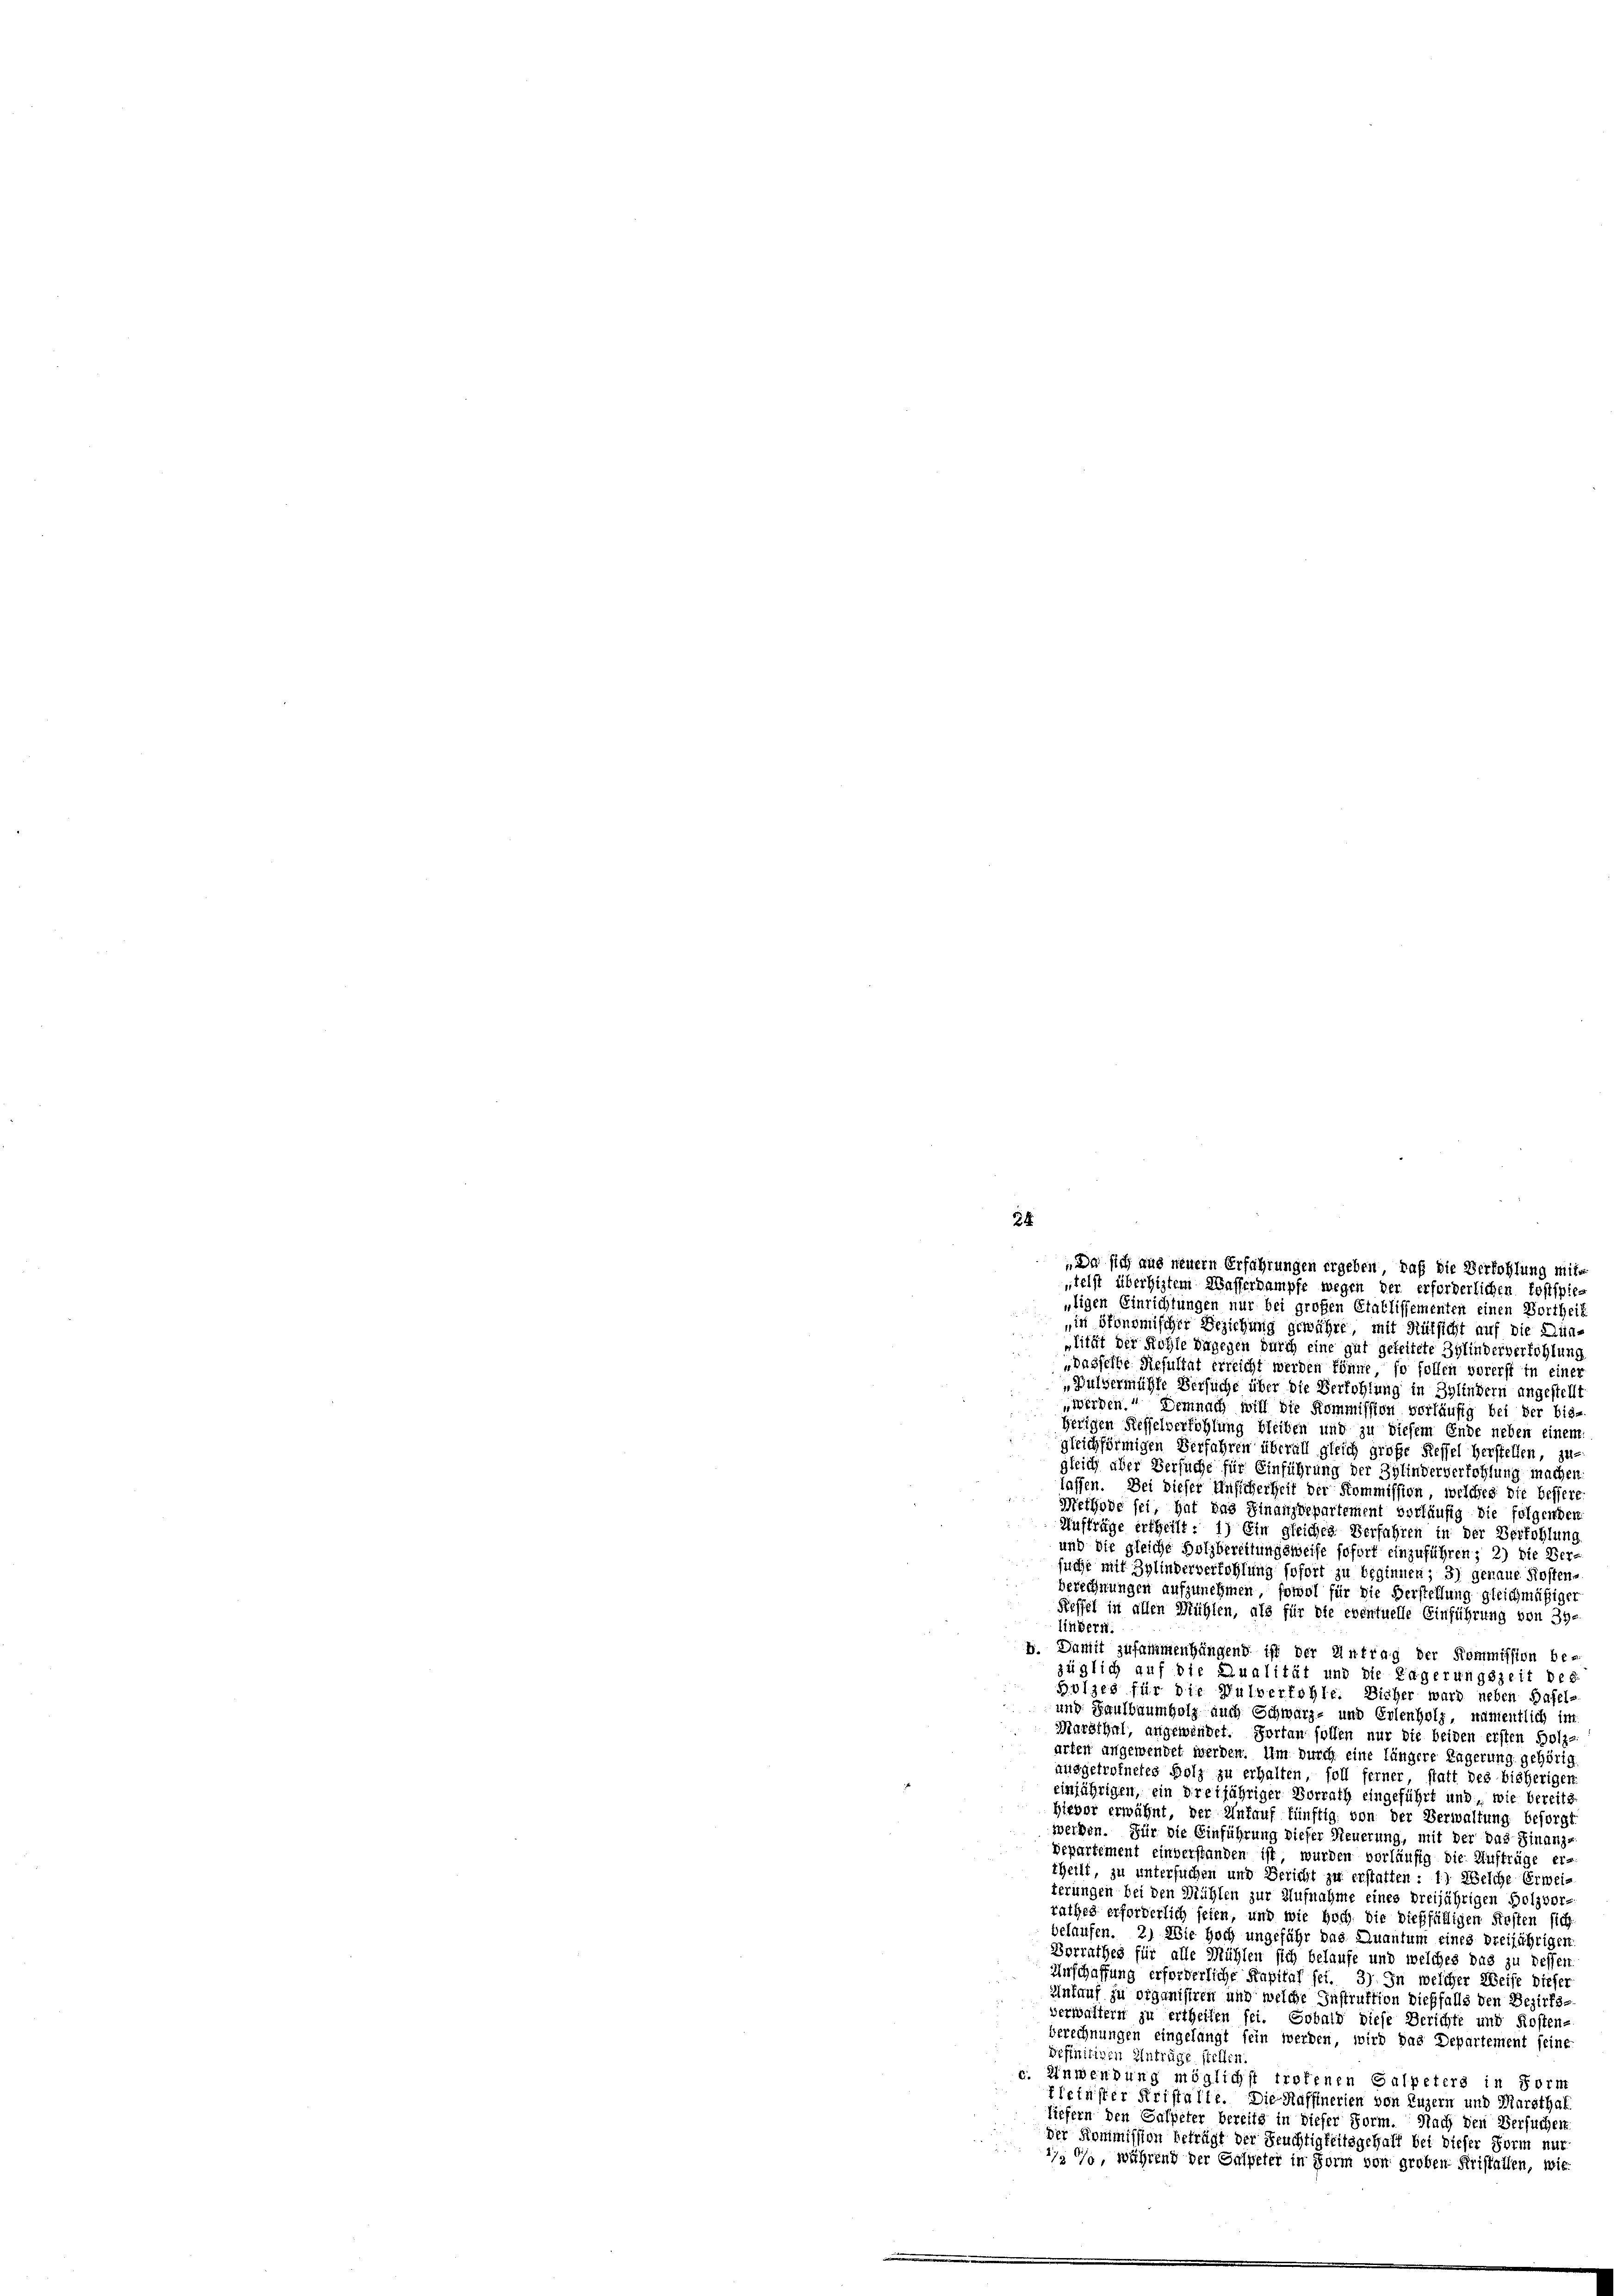
34.

utigen Einrichtungen nur bei großen Etablissementen einen Vortheil
in ökonomischer Beziehung gewähre, mit Rütsicht auf die Dünlität der Kohle dagegen durch eine gut gefeitete Hylinderverfehlung
„dasselbe Resultat erreicht werden könne, so follen vorerst in einer
Pulvermühle Versuche über die Verfohlung in Sylindern angestellt
„werden. Demnach will die Kommission vorläufig bei der bis-
herigen Kesselverföhlung bleiben und zu diesem Ende neben einem
gleichförmigen Verfahren überall gleich große Ressel herstellen, zu-
gleich aber Versuche für Einführung der Zylinderverfohlung machen.
lassen. Bei dieser Unsicherheit der Kommission, welches die bessere
Methode sei, hat das Finanzdepartement vorläufig die folgenden
Aufträge ertheilt: 1) Ein gleiches Verfahren in der Verfohlung
und die gleiche Holzbereitungsweise sofort einzuführen; 2) die Versuche mit Zylinderverfehlung sofort zu beginnen; 3) genaue Kosten-
berechnungen aufzunehmen, sowol für die Verstellung gleichmäßiger
Steffel in allen Mühlen, als für die eventuelle Einführung von 39.
lindern
b. Damit zusammenhängend ist der Antrag der Kommission be-
züglich auf die Qualität und die Engerungszeit des
Bolzes für die Hulverfohle. Dieher ward neben Basel-
und Saulbaumholz auch Schwarz- und Erlenholz, namentlich im
Marsthal, angewindet. Portan sollen nur die beiden ersten Holz-
arten angewendet werden. Um durch eine längere Lagerung gehörig
ausgetrofuetes Holz zu erhalten, soll ferner statt des bisherigen
einjährigen, ein dreijähriger Vorrath eingeführt und wie bereits
Hieber erwähnt, der Ankauf fünftig von der Verwaltung beforgt
werben. Für die Einführung dieser Steuerung, mit der das Finanz-
repartement einverstanden ist, wurden vorläufig die Auftrüge er-
theilt, zu untersuchen und Gericht zu erstatten : 1) Welche Erweiterungen bei den Mühlen zur Aufnahme eines breijährigen Holzvorrathes erforderlich seien, und wie hoch die dießfälligen Festen sich
belaufen. 2) Wie hoch ungefähr das Quantum eines dreijährigen
Vorrathes für alle Mühlen sich belaufe und welches das zu bessen
Unschaffung erforderliche Kapital sei. 3) In welcher Weise dieser
Einkauf zu organisiren und welche Instruktion dießfalls den Bezirks-
verwaltern zu ertheilen sei. Sobald diese Berichte und Kosten-
berechnungen eingelangt fein werden, wird das Departement seine
befinitiven Entrüge stellen.
. Einwendung möglichst troffenen Gaspeters in Form
kleinster Fristalte. Die Haffinerien von Luzern und Marsthal
liefern den Gaspeter bereits in dieser Form. Nach den Versuchen
der Kommission beträgt der Seuchtigkeitsgehalt bei dieser Form nur
 %, während der Salpeter in Form von großen Fristatten, wie

„Da sich aus neuern Erfahrungen ergeben, daß die Verfohlung mittelst überhiztem Wasserdampfe wegen der erforderlichen Postspie-